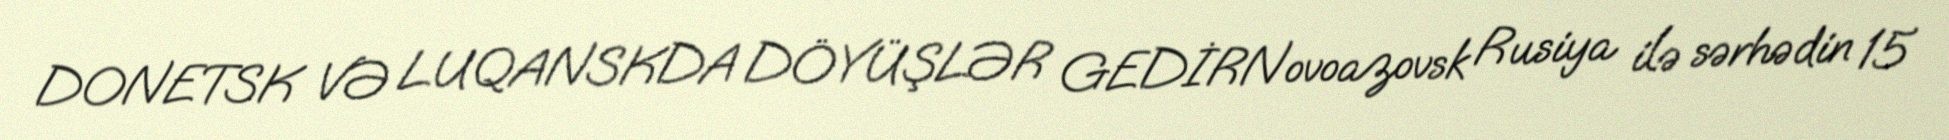
DONETSK VƏ LUQANSKDA DÖYÜŞLƏR GEDİRNovoazovsk Rusiya ilə sərhədin 15